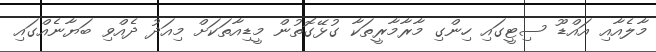
މާލެއާއި އައްޑޫ ސިޓީގައި ހިންގި މާރާމާރީތަކާ ގުޅޭގޮތުން މީޑިއާތަކަށް މިއަދު ދެއްވި ބަޔާނެއްގައި